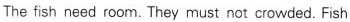
The fish need room.They must not crowded.Fish